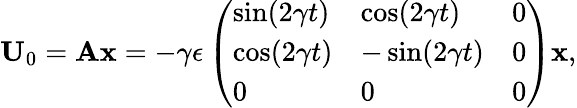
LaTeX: \textbf{U}_{0}=\textbf{Ax}=-\gamma\epsilon\left(\begin{array}{lll}{\sin(2\gamma t)}&{\cos(2\gamma t)}&{0}\\ {\cos(2\gamma t)}&{-\sin(2\gamma t)}&{0}\\ {0}&{0}&{0}\end{array}\right)\textbf{x},